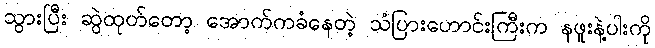
သွားပြီး ဆွဲထုတ်တော့ အောက်ကခံနေတဲ့ သံပြားဟောင်းကြီးက နဖူးနဲ့ပါးကို